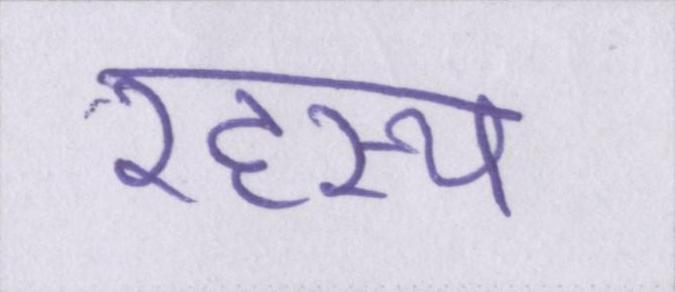
रहस्य